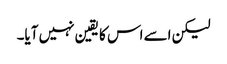
لیکن اسے اس کا یقین نہیں آیا۔